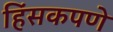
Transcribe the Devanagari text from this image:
हिंसकपणे